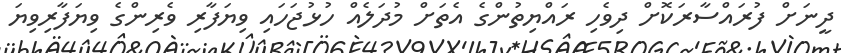
ދީނަށް ފުރައްސާރަކޮށް ދިވެހި ރައްޔިތުންގެ އެތަށް މުދަލެއް ހުޅުޖަހައި ވިޔަފާރި ވެރިންގެ ވިޔަފާރިވިޔަ